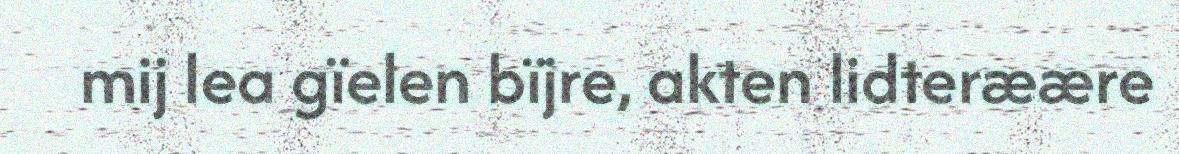
mij lea gïelen bïjre, akten lidteræære